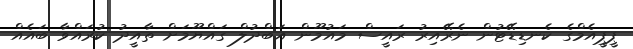
ޕީޕީއެމްގެ ކެނޑިޑޭޓުން ނެރޭއިރު ރައީސް މައުމޫން އަބްދުލް ގައްޔޫމަށް ތާއީދު ކުރައްވާ ބައެއް